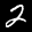
Label: 2